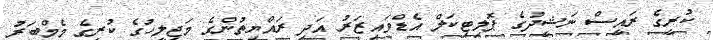
ކުރީގެ ރައީސް ނަޝީދުގެ ޕޮލިޓިކަލް އެޑްވައިޒަރު އަދި ރައްޔިތުންގެ މަޖިލީހުގެ ކުރީގެ މެމްބަރު